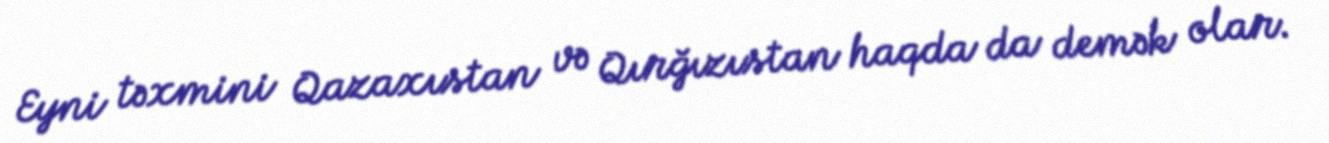
Eyni təxmini Qazaxıstan və Qırğızıstan haqda da demək olar.